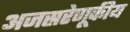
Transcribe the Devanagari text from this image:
अजस्ररेणूकीय